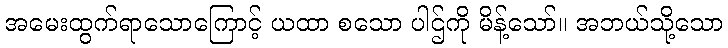
အမေးထွက်ရာသောကြောင့် ယထာ စသော ပါဌ်ကို မိန့်သော်။ အဘယ်သို့သော